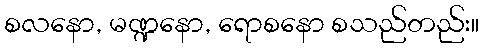
စလနော, မဏ္ဍနော, ရောစနော စသည်တည်း။